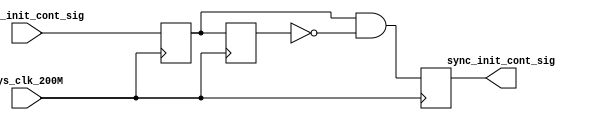
module init_cont_sig_gen (
    input                   sys_clk_200M        ,       
    input                   async_init_cont_sig ,   
    output reg              sync_init_cont_sig
);

reg                         sync_init_cont_sig_r1  ;
reg                         sync_init_cont_sig_r2  ;

always @ (posedge sys_clk_200M) begin
    sync_init_cont_sig_r1 <= async_init_cont_sig    ;
    sync_init_cont_sig_r2 <= sync_init_cont_sig_r1  ;
    sync_init_cont_sig    <= sync_init_cont_sig_r1 & ~sync_init_cont_sig_r2;
end

endmodule